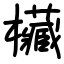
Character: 欌